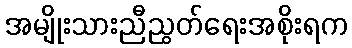
အမျိုးသားညီညွတ်ရေးအစိုးရက